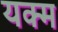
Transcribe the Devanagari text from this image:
यक्म